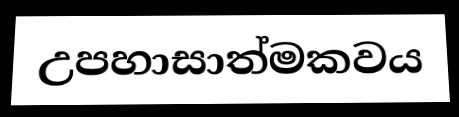
උපහාසාත්මකවය